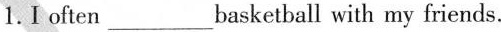
1.I often___basketball with my friends.